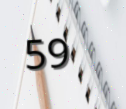
59